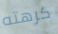
كرهته